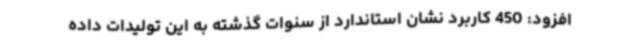
افزود: 450 کاربرد نشان استاندارد از سنوات گذشته به این تولیدات داده